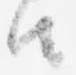
由